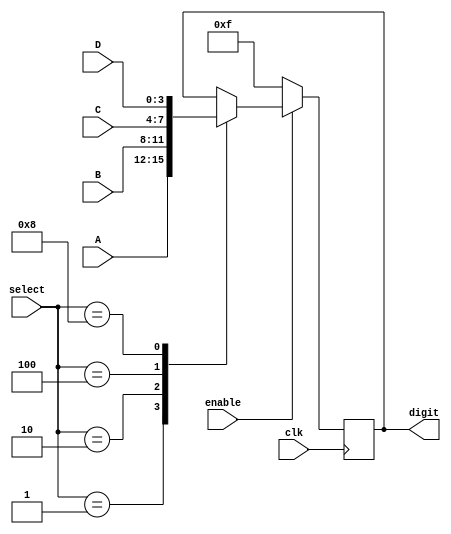
`timescale 1ns / 1ps
//////////////////////////////////////////////////////////////////////////////////
// Company: 
// Engineer: 
// 
// Design Name: 
// Module Name:    seg_multiplexer 
// Project Name: 
// Target Devices: 
// Tool versions: 
// Description: 
//
// Dependencies: 
//
// Revision: 
// Revision 0.01 - File Created
// Additional Comments: 
//
//////////////////////////////////////////////////////////////////////////////////
module seg_multiplexer( digit, clk, enable, A, B, C, D, select );
    
    output  reg [3:0]digit;
    
    input   clk;
    input   enable;
    
    input   [3:0]A;
    input   [3:0]B;
    input   [3:0]C;
    input   [3:0]D;
    
    input   [3:0]select;
    
    always @( posedge clk )
    if( enable )
    begin
        
        case( select )
            4'h1:  digit <= A;
            4'h2:  digit <= B;
            4'h4:  digit <= C;
            4'h8:  digit <= D;
        endcase
        
    end
    else
    begin

        digit <= 4'hF;

    end


endmodule